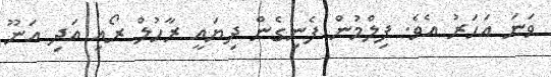
ވަނަ އަހަރު އެވެ. ފިލްމުން ފެނިގެން ދިޔައީ ރާހުލް ރޯއި އަދި އަނޫ